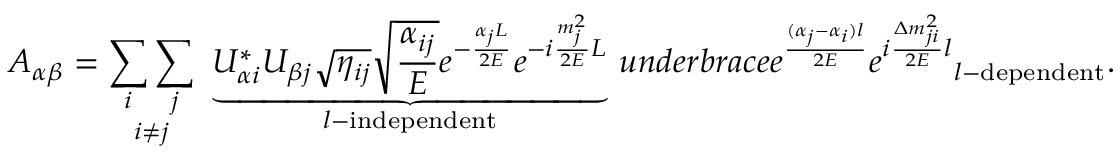
A _ { \alpha \beta } = \underset { i \neq j } { \sum _ { i } \sum _ { j } } \ \underbrace { U _ { \alpha i } ^ { * } U _ { \beta j } \sqrt { \eta _ { i j } } \sqrt { \frac { \alpha _ { i j } } { E } } e ^ { - \frac { \alpha _ { j } L } { 2 E } } e ^ { - i \frac { m _ { j } ^ { 2 } } { 2 E } L } } _ { l \mathrm { - i n d e p e n d e n t } } \, u n d e r b r a c e { e ^ { \frac { ( \alpha _ { j } - \alpha _ { i } ) l } { 2 E } } e ^ { i \frac { \Delta m _ { j i } ^ { 2 } } { 2 E } l } } _ { l \mathrm { - d e p e n d e n t } } .